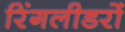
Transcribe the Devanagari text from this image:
रिंगलीडरों